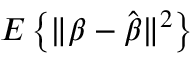
E \left\{ \| { \boldsymbol { \beta } } - { \hat { \boldsymbol { \beta } } } \| ^ { 2 } \right\}